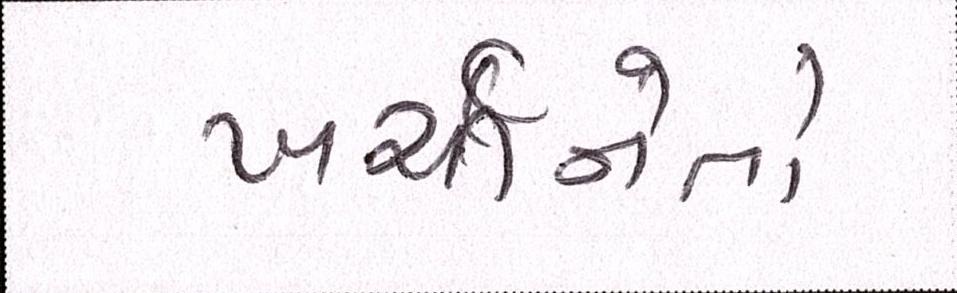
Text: ખર્ચીનેતો